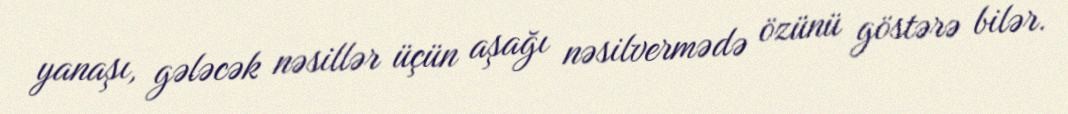
yanaşı, gələcək nəsillər üçün aşağı nəsilvermədə özünü göstərə bilər.